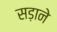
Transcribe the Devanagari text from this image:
सड़ाने